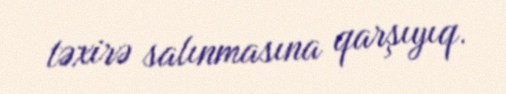
təxirə salınmasına qarşıyıq.